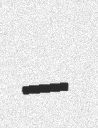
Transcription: –